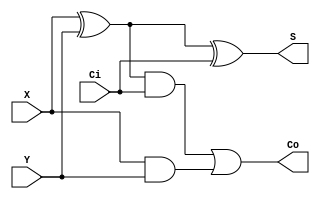
module fulladder(X, Y, Ci, S, Co);
  input X, Y, Ci;
  output S, Co;
  wire w1,w2,w3;
  //Structural code for one bit full adder
  xor G1(w1, X, Y);
  xor G2(S, w1, Ci);
  and G3(w2, w1, Ci);
  and G4(w3, X, Y);
  or G5(Co, w2, w3);
endmodule	
module rippe_adder(X, Y,Cin, S,co);
 input [7:0] X, Y;
 output [7:0] S;
 output co;
 input Cin;
 wire w1,w2,w3,w4,w5,w6,w7;
 
 //instantiating 4 1-bit full adders in Verilog
 fulladder u1(X[0], Y[0],Cin, S[0], w1);
 fulladder u2(X[1], Y[1], w1, S[1], w2);
 fulladder u3(X[2], Y[2], w2, S[2], w3);
 fulladder u4(X[3], Y[3], w3, S[3], w4);
 fulladder u5(X[4], Y[4], w4, S[4], w5);
 fulladder u6(X[5], Y[5], w5, S[5], w6);
 fulladder u7(X[6], Y[6], w6, S[6], w7);
 fulladder u8(X[7], Y[7], w7, S[7], co);
 endmodule
module fullmodu(a,b,out,cm);
  input [255:0]a,b;
  output cm;
  output [255:0]out;
  wire w[30:0];
  rippe_adder u1(a[7:0],b[7:0],1'b0,out[7:0],w[0]);
  rippe_adder u2(a[15:8],b[15:8],w[0],out[15:8],w[1]);
  rippe_adder u3(a[23:16],b[23:16],w[1],out[23:16],w[2]);
  rippe_adder u4(a[31:24],b[31:24],w[2],out[31:24],w[3]);
  rippe_adder u5(a[39:32],b[39:32],w[3],out[39:32],w[4]);
  rippe_adder u6(a[47:40],b[47:40],w[4],out[47:40],w[5]);
  rippe_adder u7(a[55:48],b[55:48],w[5],out[55:48],w[6]);
  rippe_adder u8(a[63:56],b[63:56],w[6],out[63:56],w[7]);
  rippe_adder u9(a[71:64],b[71:64],w[7],out[71:64],w[8]);
  rippe_adder u10(a[79:72],b[79:72],w[8],out[79:72],w[9]);
  rippe_adder u11(a[87:80],b[87:80],w[9],out[87:80],w[10]);
  rippe_adder u12(a[95:88],b[95:88],w[10],out[95:88],w[11]);
  rippe_adder u13(a[103:96],b[103:96],w[11],out[103:96],w[12]);
  rippe_adder u14(a[111:104],b[111:104],w[12],out[111:104],w[13]);
  rippe_adder u15(a[119:112],b[119:112],w[13],out[119:112],w[14]);
  rippe_adder u16(a[127:120],b[127:120],w[14],out[127:120],w[15]);
  rippe_adder u17(a[135:128],b[135:128],w[15],out[135:128],w[16]);
  rippe_adder u18(a[143:136],b[143:136],w[16],out[143:136],w[17]);
  rippe_adder u19(a[151:144],b[151:144],w[17],out[151:144],w[18]);
  rippe_adder u20(a[159:152],b[159:152],w[18],out[159:152],w[19]);
  rippe_adder u21(a[167:160],b[167:160],w[19],out[167:160],w[20]);
  rippe_adder u22(a[175:168],b[175:168],w[20],out[175:168],w[21]);
  rippe_adder u23(a[183:176],b[183:176],w[21],out[183:176],w[22]);
  rippe_adder u24(a[191:184],b[191:184],w[22],out[191:184],w[23]);
  rippe_adder u25(a[199:192],b[199:192],w[23],out[199:192],w[24]);
  rippe_adder u26(a[207:200],b[207:200],w[24],out[207:200],w[25]);
  rippe_adder u27(a[215:208],b[215:208],w[25],out[215:208],w[26]);
  rippe_adder u28(a[223:216],b[223:216],w[26],out[223:216],w[27]);
  rippe_adder u29(a[231:224],b[231:224],w[27],out[231:224],w[28]);
  rippe_adder u30(a[239:232],b[239:232],w[28],out[239:232],w[29]);
  rippe_adder u31(a[247:240],b[247:240],w[29],out[247:240],w[30]);
  rippe_adder u32(a[255:248],b[255:248],w[30],out[255:248],cm);
endmodule